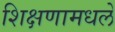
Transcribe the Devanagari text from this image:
शिक्षणामधले